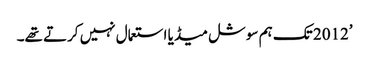
’2012 تک ہم سوشل میڈیا استعمال نہیں کرتے تھے۔